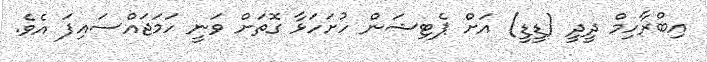
އިބްރާހިމް ދީދީ (ޑީޑީ) އަށް ޕެޓިޝަން ހުށަހަޅާ ގޮތަށް ވަނީ ހަމަޖައްސައިފަ އެވެ.